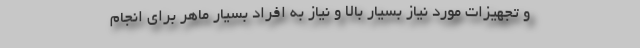
و تجهیزات مورد نیاز بسیار بالا و نیاز به افراد بسیار ماهر برای انجام